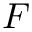
F